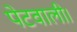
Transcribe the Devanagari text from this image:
पेटवाली।